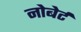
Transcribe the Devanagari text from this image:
नोबेर्ट